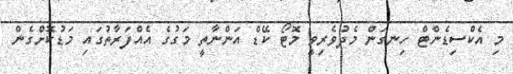
މި އެކްސިޑެންޓް ހިނގަން މެދުވެރިވީ މޮޓޯ ކޭޑް އަންނާތީ މަގުގެ އެއްފަރާތުގައި މަޑުކޮށްގެން